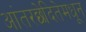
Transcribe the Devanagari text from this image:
आंतरछेदितेमधून